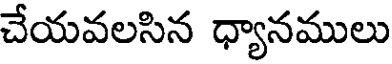
చేయవలసిన ధ్యానములు